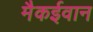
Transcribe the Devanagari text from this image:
मैकईवान